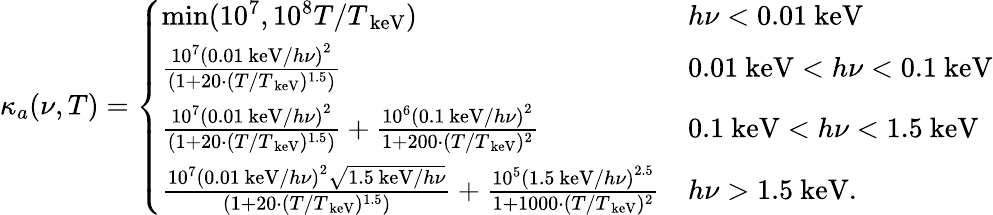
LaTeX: \kappa_{a}(\nu,T)=\left\{ \begin{array}{ll}{\mathrm{min}(10^{7},10^{8}T/T_{\mathrm{~keV}})}&{h\nu<0.01\mathrm{~keV}}\\ {\frac{10^{7}\left(0.01\mathrm{~keV}/h\nu\right)^{2}}{(1+20\cdot(T/T_{\mathrm{~keV}})^{1.5})}}&{0.01\mathrm{~keV}<h\nu<0.1\mathrm{~keV}}\\ {\frac{10^{7}\left(0.01\mathrm{~keV}/h\nu\right)^{2}}{(1+20\cdot(T/T_{\mathrm{~keV}})^{1.5})}+\frac{10^{6}\left(0.1\mathrm{~keV}/h\nu\right)^{2}}{1+200\cdot(T/T_{\mathrm{~keV}})^{2}}}&{0.1\mathrm{~keV}<h\nu<1.5\mathrm{~keV}}\\ {\frac{10^{7}\left(0.01\mathrm{~keV}/h\nu\right)^{2}\sqrt{1.5\mathrm{~keV}/h\nu}}{(1+20\cdot(T/T_{\mathrm{~keV}})^{1.5})}+\frac{10^{5}\left(1.5\mathrm{~keV}/h\nu\right)^{2.5}}{1+1000\cdot(T/T_{\mathrm{~keV}})^{2}}}&{h\nu>1.5\mathrm{~keV}.}\end{array}\right.